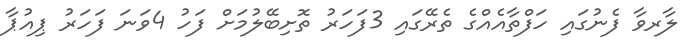
ލާރވާ ފެނުގައި ހަފްތާއެއްގެ ތެރޭގައި 3ފަހަރު ތޮށިބޭލުމަށް ފަހު 4ވަނަ ފަހަރު ޕިއުޕާ